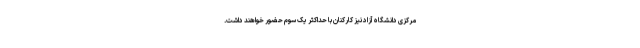
مرکزی دانشگاه آزاد نیز کارکنان با حداکثر یک سوم حضور خواهند داشت.